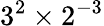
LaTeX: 3^{2}\times 2^{-3}